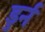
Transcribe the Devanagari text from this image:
डुर्न